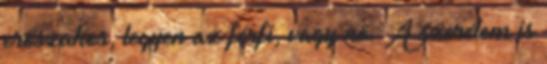
erőszakos, legyen az férfi, vagy nő. A szerelem is